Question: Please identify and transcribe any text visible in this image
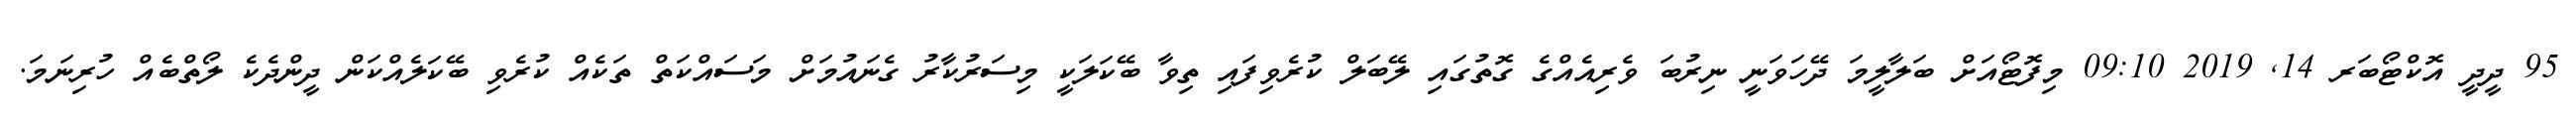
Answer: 95 ދީދީ އޮކްޓޯބަރ 14, 2019 09:10 މިފޮޓޯއަށް ބަލާލީމަ ދޭހަވަނީ ނިރުބަ ވެރިއެއްގެ ގޮތުގައި ލޭބަލް ކުރެވިފައި ތިވާ ބޭކަލަކީ މިސަރުކާރު ގެނައުމަށް މަސައްކަތް ތަކެއް ކުރެވި ބޭކަލެއްކަން ދީންދެކެ ލޯތްބެއް ހުރިނަމަ.